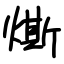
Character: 燍